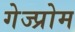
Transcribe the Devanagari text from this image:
गेज्प्रोम